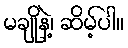
မချိုနဲ့၊ ဆိမ့်ပါ။